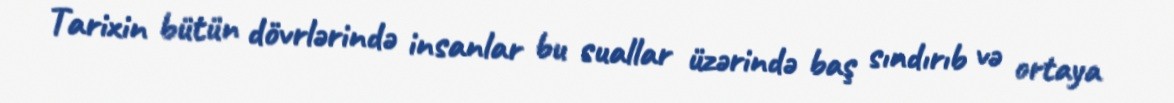
Tarixin bütün dövrlərində insanlar bu suallar üzərində baş sındırıb və ortaya